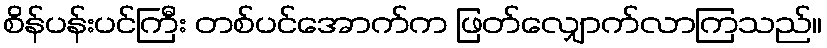
စိန်ပန်းပင်ကြီး တစ်ပင်အောက်က ဖြတ်လျှောက်လာကြသည်။